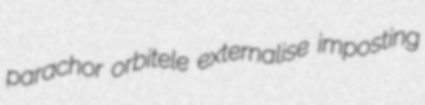
parachor orbitele externalise imposting